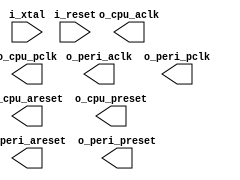
module main_crm (
    input           i_xtal         ,
    input           i_reset        ,
    output          o_cpu_aclk     ,
    output          o_cpu_areset   ,
    output          o_cpu_pclk     ,
    output          o_cpu_preset   ,
    output          o_peri_aclk    ,
    output          o_peri_areset  ,
    output          o_peri_pclk    ,
    output          o_peri_preset
);

endmodule